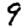
Digit: 9